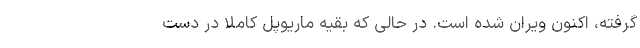
گرفته، اکنون ویران شده است. در حالی که بقیه ماریوپل کاملاً در دست